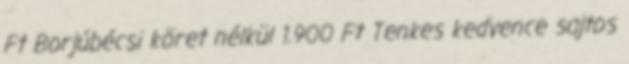
Ft Borjúbécsi köret nélkül 1.900 Ft Tenkes kedvence sajtos